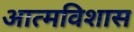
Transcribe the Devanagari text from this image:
आत्मविशास